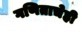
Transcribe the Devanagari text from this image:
गणिताचेही